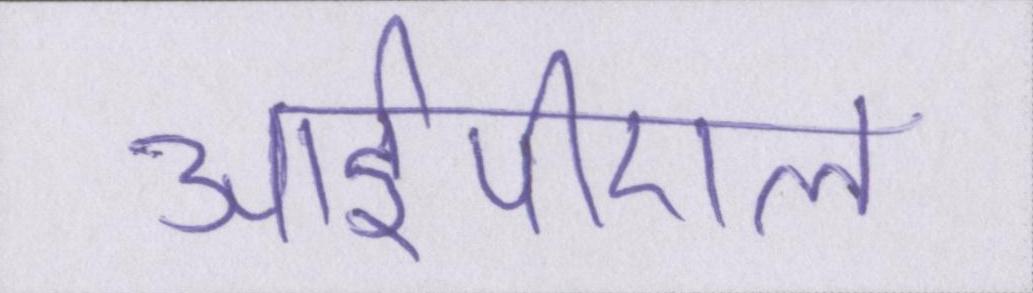
आईपीएल